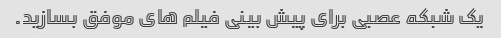
یک شبکه عصبی برای پیش بینی فیلم های موفق بسازید.